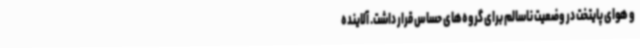
و هوای پایتخت در وضعیت ناسالم برای گروه‌های حساس قرار داشت. آلاینده